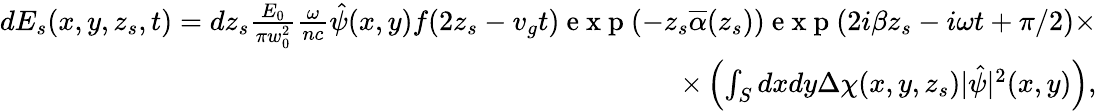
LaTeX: \begin{array}{r}{dE_{s}(x,y,z_{s},t)=dz_{s}\frac{E_{0}}{\pi w_{0}^{2}}\frac{\omega}{nc}\hat{\psi}(x,y)f(2z_{s}-v_{g}t)\mathrm{~e~x~p~}(-z_{s}\overline{{\alpha}}(z_{s}))\mathrm{~e~x~p~}(2i\beta z_{s}-i\omega t+\pi/2)\times}\\ {\times\left(\int_{S}dxdy\Delta\chi(x,y,z_{s})|\hat{\psi}|^{2}(x,y)\right),}\end{array}